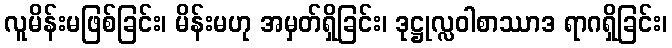
လူမိန်းမဖြစ်ခြင်း၊ မိန်းမဟု အမှတ်ရှိခြင်း၊ ဒုဋ္ဌုလ္လဝါစာဿာဒ ရာဂရှိခြင်း၊